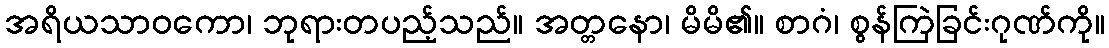
အရိယသာဝကော၊ ဘုရားတပည့်သည်။ အတ္တနော၊ မိမိ၏။ စာဂံ၊ စွန်ကြဲခြင်းဂုဏ်ကို။